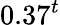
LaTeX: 0.37^{t}